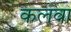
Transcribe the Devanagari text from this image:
कलवा